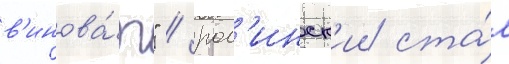
в'инова́т" / рог'инск'ии ста́л